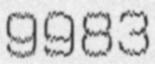
9983